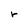
Character: r